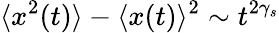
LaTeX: \langle x^{2}(t)\rangle-\langle x(t)\rangle^{2}\sim t^{2\gamma_{s}}